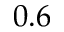
0 . 6